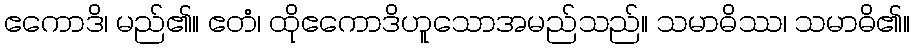
ဧကောဒိ၊ မည်၏။ ဧတံ၊ ထိုဧကောဒိဟူသောအမည်သည်။ သမာဓိဿ၊ သမာဓိ၏။